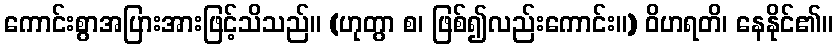
ကောင်းစွာအပြားအားဖြင့်သိသည်။ (ဟုတွာ စ၊ ဖြစ်၍လည်းကောင်း။) ဝိဟရတိ၊ နေနိုင်၏။